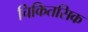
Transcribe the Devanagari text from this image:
चिकितसिक